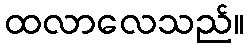
ထလာလေသည်။